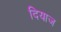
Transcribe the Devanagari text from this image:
दियाज